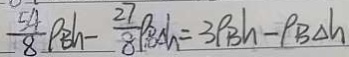
\frac { 5 4 } { 8 } \rho _ { B h } - \frac { 2 7 } { 8 } \rho _ { B \Delta h } = 3 \rho _ { B } h - \rho _ { B \Delta h }